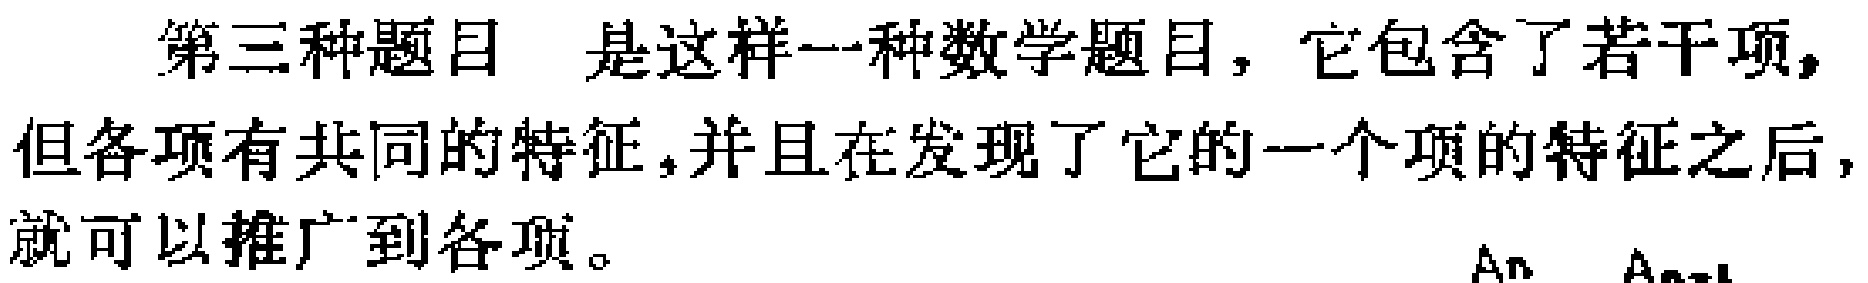
第三种题目 是这样一种数学题目，它包含了若干项，但各项有共同的特征，并且在发现了它的一个项的特征之后，就可以推广到各项。